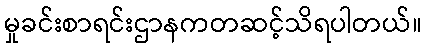
မှုခင်းစာရင်းဌာနကတဆင့်သိရပါတယ်။